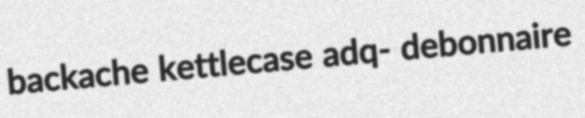
backache kettlecase adq- debonnaire